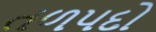
તળપદો